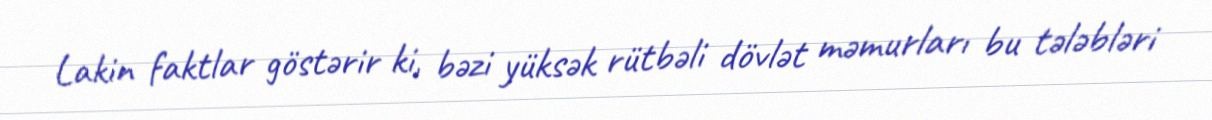
Lakin faktlar göstərir ki, bəzi yüksək rütbəli dövlət məmurları bu tələbləri